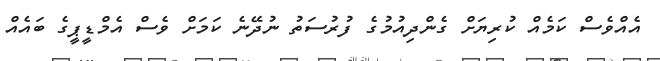
އެއްވެސް ކަމެއް ކުރިޔަށް ގެންދިއުމުގެ ފުރުސަތު ނުދޭނެ ކަމަށް ވެސް އެމްޑީޕީގެ ބައެއް